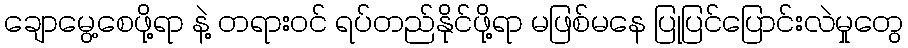
ချောမွေ့စေဖို့ရာ နဲ့ တရားဝင် ရပ်တည်နိုင်ဖို့ရာ မဖြစ်မနေ ပြုပြင်ပြောင်းလဲမှုတွေ